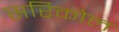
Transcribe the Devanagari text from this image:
सरिकोल